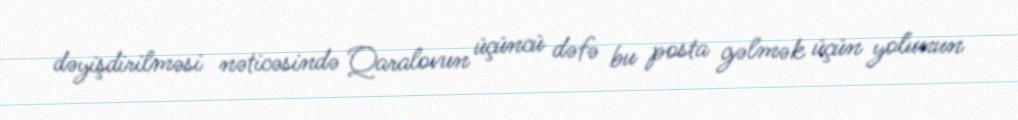
dəyişdirilməsi nəticəsində Qaralovun üçüncü dəfə bu posta gəlmək üçün yolunun